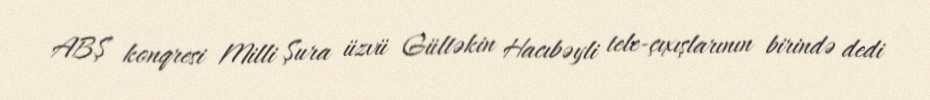
ABŞ konqresi Milli Şura üzvü Gültəkin Hacıbəyli tele-çıxışlarının birində dedi